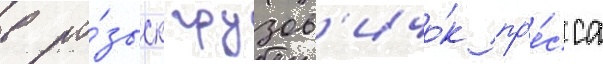
в ро́зыск грузов'ичо́к пр'е́сса